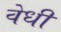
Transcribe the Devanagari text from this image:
वेधी